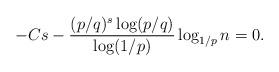
LaTeX: \begin{align*}-Cs -\frac{(p/q)^s\log(p/q)}{\log(1/p)}\log_{1/p} n = 0.\end{align*}